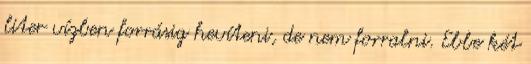
liter vízben forrásig hevíteni, de nem forralni. Ebbe két